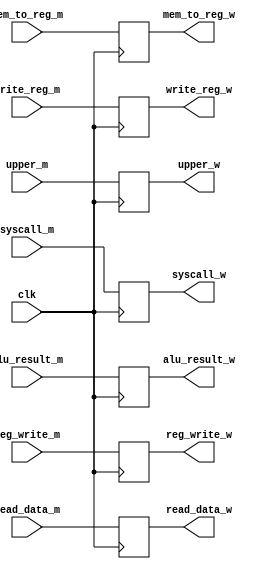
/*
 * Pipeline register between Memory & Writeback
 */
module PIPELINE_MW (
    input reg_write_m,
    input mem_to_reg_m,
    input [31:0] alu_result_m,
    input [31:0] read_data_m,
    input [4:0] write_reg_m,
    input wire upper_m,
    input wire syscall_m,
    input clk,
    output reg reg_write_w,
    output reg mem_to_reg_w,
    output reg [31:0] alu_result_w,
    output reg [31:0] read_data_w,
    output reg [4:0] write_reg_w,
    output reg upper_w,
    output reg syscall_w);

  initial begin
    reg_write_w <= 0;
    mem_to_reg_w <= 0;
    alu_result_w <= 0;
    read_data_w <= 0;
    write_reg_w <= 0;
    upper_w <= 0;
    syscall_w <= 0;
  end

  always @(posedge clk) begin
    reg_write_w <= reg_write_m;
    mem_to_reg_w <= mem_to_reg_m;
    alu_result_w <= alu_result_m;
    read_data_w <= read_data_m;
    write_reg_w <= write_reg_m;
    upper_w <= upper_m;
    syscall_w <= syscall_m;
  end
endmodule